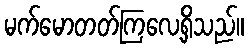
မက်မောတတ်ကြလေ့ရှိသည်။